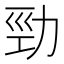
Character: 勁